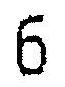
6